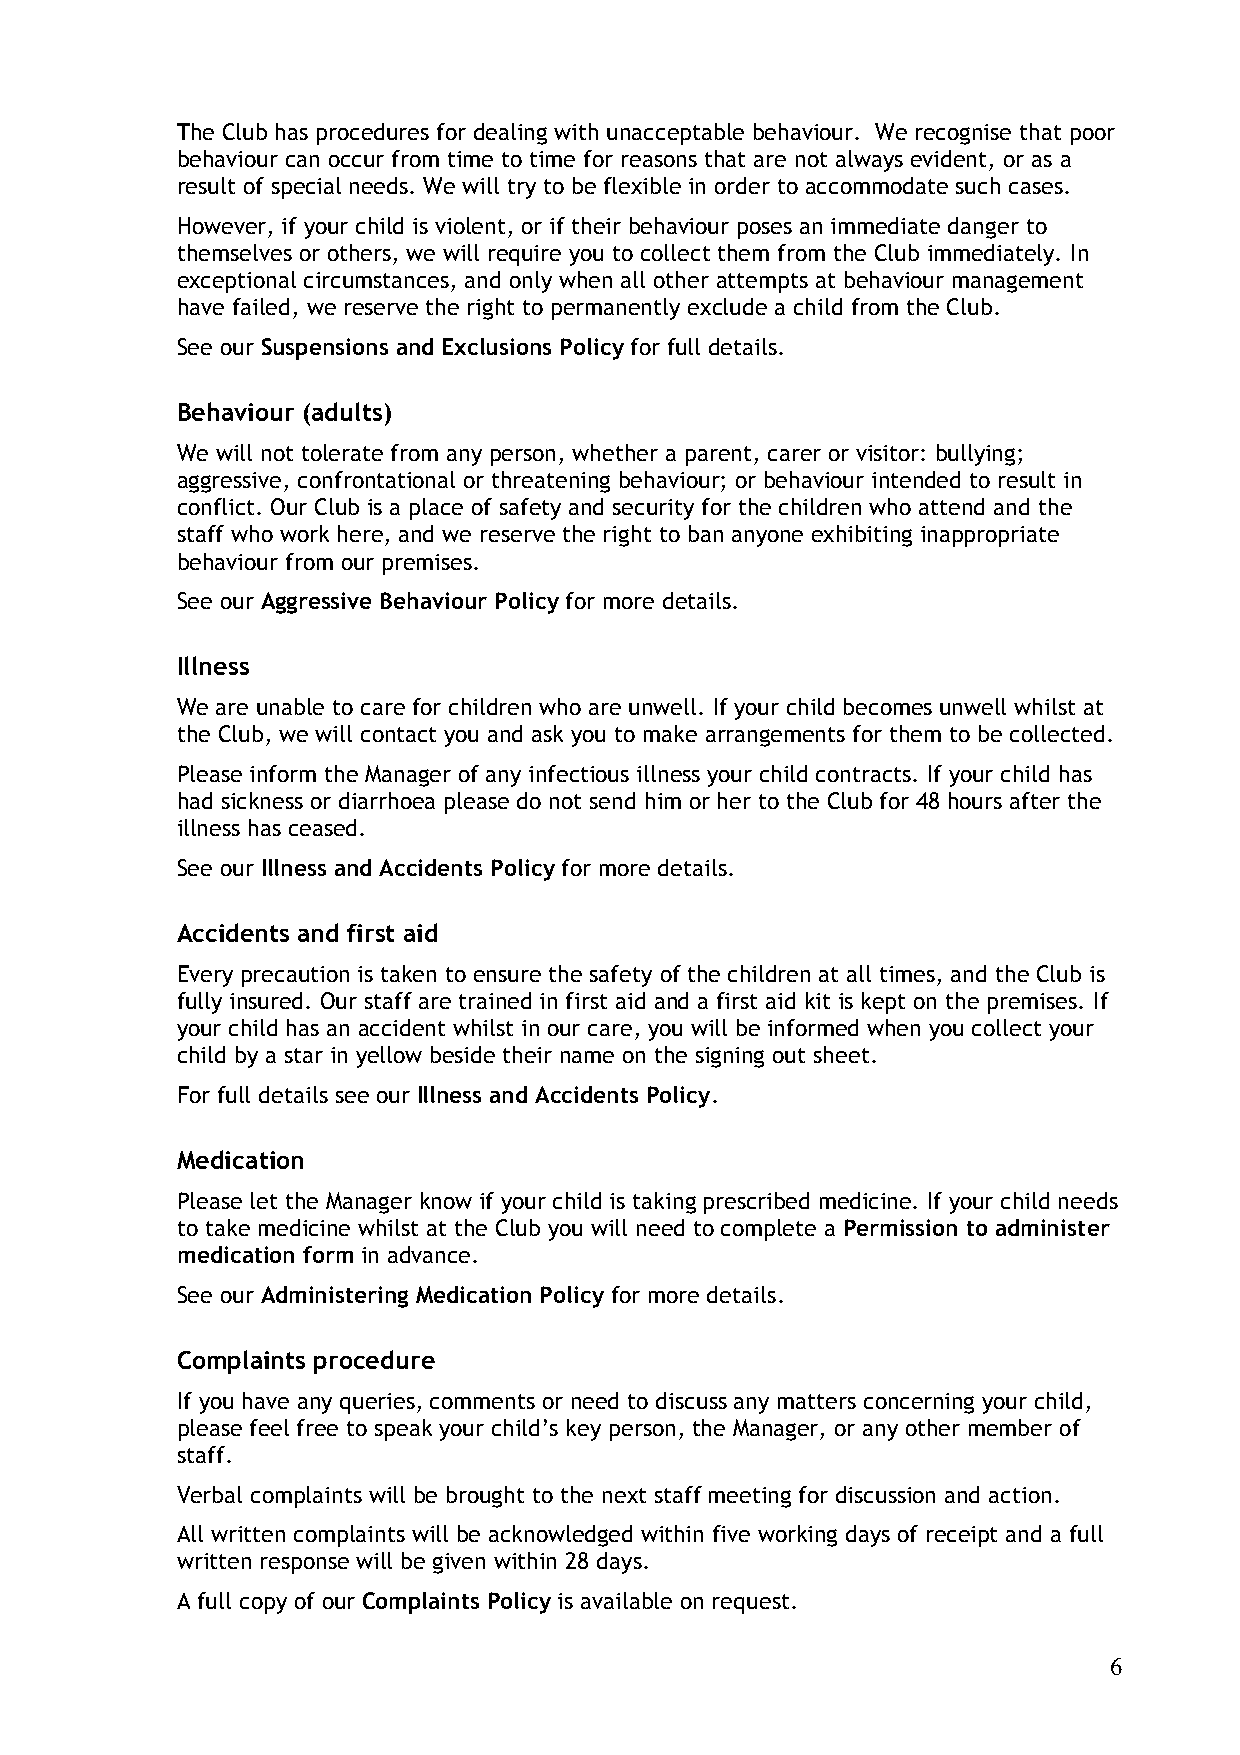
The Club has procedures for dealing with unacceptable behaviour. We recognise that poor
 behaviour can occur from time to time for reasons that are not always evident, or as a
 result of special needs. We will try to be flexible in order to accommodate such cases.
 However, if your child is violent, or if their behaviour poses an immediate danger to
 themselves or others, we will require you to collect them from the Club immediately. In
 exceptional circumstances, and only when all other attempts at behaviour management
 have failed, we reserve the right to permanently exclude a child from the Club.
 See our Suspensions and Exclusions Policy for full details.
 Behaviour (adults)
 We will not tolerate from any person, whether a parent, carer or visitor: bullying;
 aggressive, confrontational or threatening behaviour; or behaviour intended to result in
 conflict. Our Club is a place of safety and security for the children who attend and the
 staff who work here, and we reserve the right to ban anyone exhibiting inappropriate
 behaviour from our premises.
 See our Aggressive Behaviour Policy for more details.
 Illness
 We are unable to care for children who are unwell. If your child becomes unwell whilst at
 the Club, we will contact you and ask you to make arrangements for them to be collected.
 Please inform the Manager of any infectious illness your child contracts. If your child has
 had sickness or diarrhoea please do not send him or her to the Club for 48 hours after the
 illness has ceased.
 See our Illness and Accidents Policy for more details.
 Accidents and first aid
 Every precaution is taken to ensure the safety of the children at all times, and the Club is
 fully insured. Our staff are trained in first aid and a first aid kit is kept on the premises. If
 your child has an accident whilst in our care, you will be informed when you collect your
 child by a star in yellow beside their name on the signing out sheet.
 For full details see our Illness and Accidents Policy.
 Medication
 Please let the Manager know if your child is taking prescribed medicine. If your child needs
 to take medicine whilst at the Club you will need to complete a Permission to administer
 medication form in advance.
 See our Administering Medication Policy for more details.
 Complaints procedure
 If you have any queries, comments or need to discuss any matters concerning your child,
 please feel free to speak your child’s key person, the Manager, or any other member of
 staff.
 Verbal complaints will be brought to the next staff meeting for discussion and action.
 All written complaints will be acknowledged within five working days of receipt and a full
 written response will be given within 28 days.
 A full copy of our Complaints Policy is available on request.
 6